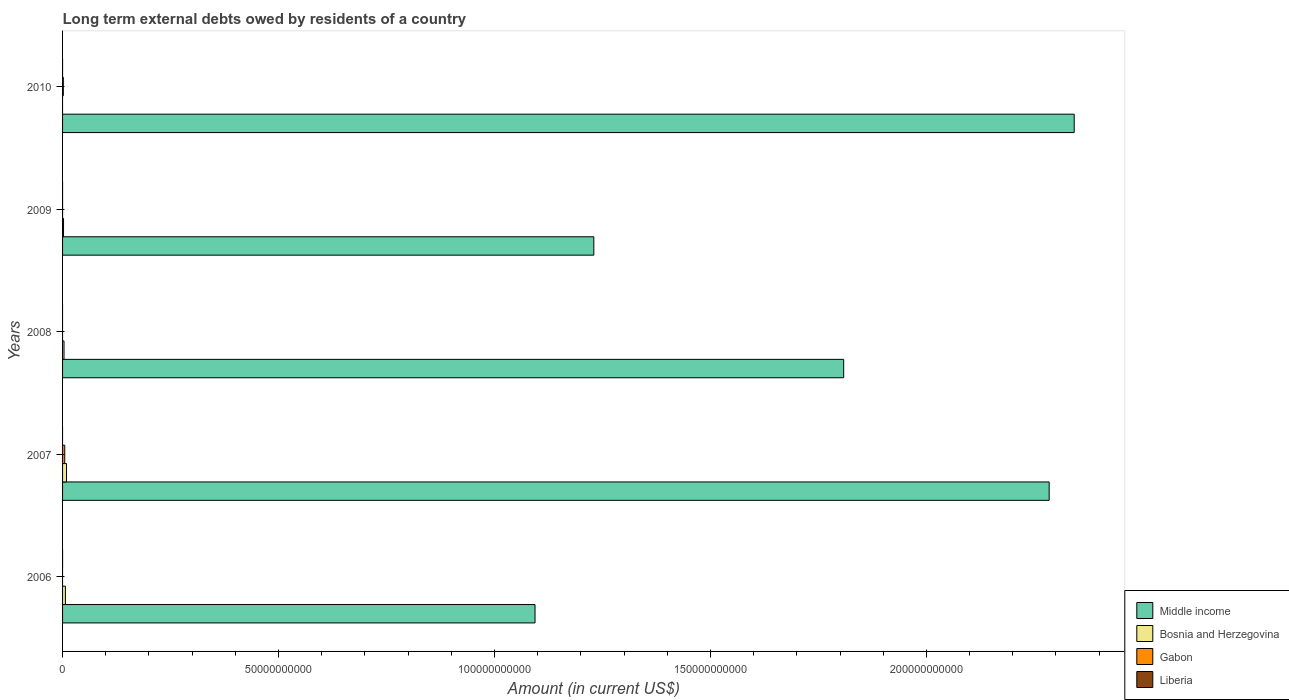
| Years | Middle income | Bosnia and Herzegovina | Gabon | Liberia |
 | --- | --- | --- | --- | --- |
 | 2006 | 1.09e+11 | 6.58e+08 | -2.67e+07 | -1.6e+04 |
 | 2007 | 2.28e+11 | 9.13e+08 | 5.06e+08 | -2.61e+08 |
 | 2008 | 1.81e+11 | 3.35e+08 | -2.14e+09 | -3.75e+07 |
 | 2009 | 1.23e+11 | 2.23e+08 | 2.35e+05 | -4.3e+06 |
 | 2010 | 2.34e+11 | -2.65e+07 | 1.75e+08 | -3.74e+06 |